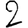
Digit: 2